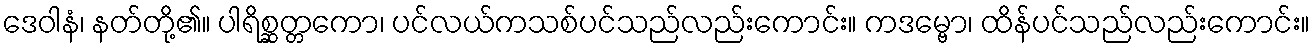
ဒေဝါနံ၊ နတ်တို့၏။ ပါရိစ္ဆတ္တကော၊ ပင်လယ်ကသစ်ပင်သည်လည်းကောင်း။ ကဒမ္ဗော၊ ထိန်ပင်သည်လည်းကောင်း။